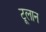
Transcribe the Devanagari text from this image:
टूलान